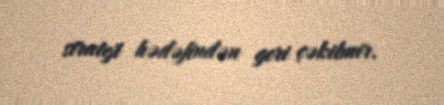
strateji hədəfindən geri çəkilmir.